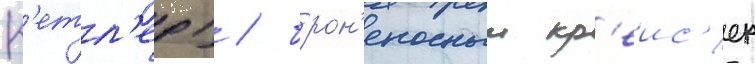
К'етл'ер) / брон'еносныи кр'еис'ер